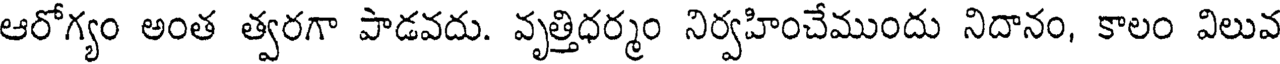
ఆరోగ్యం అంత త్వరగా పాడవదు. వృత్తిధర్మం నిర్వహించేముందు నిదానం, కాలం విలువ